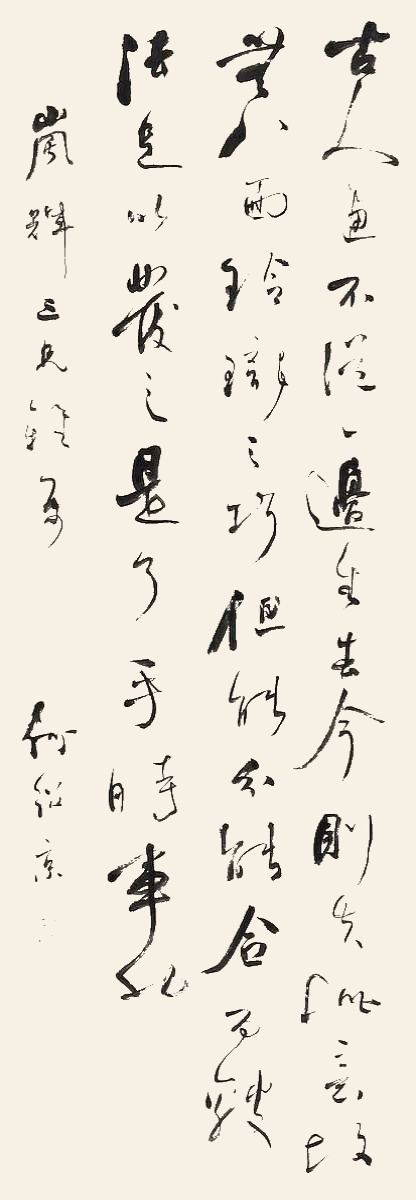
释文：古人画，不从一边生去。今则失此意，故无八面玲珑之巧，但能分能合。而皴法足以发之，是了手时事也。岚辉三兄雅属，何绍京。